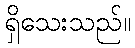
ရှိသေးသည်။